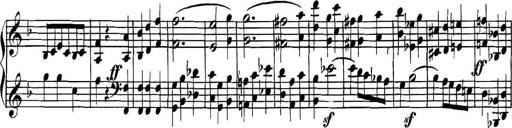
Title: Collected Piano Sonatas
Composer: Muzio Clementi